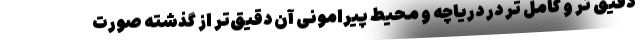
دقیق تر و کامل تر در دریاچه و محیط‌ پیرامونی آن دقیق‌تر از گذشته صورت